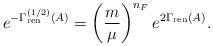
LaTeX: \begin{align*}e^{-\Gamma^{(1/2)}_{\rm ren}(A)} = \left({m \over \mu}\right)^{n_F} e^{2\Gamma_{\rm ren}(A)}.\end{align*}